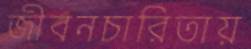
জীবনচারিতায়